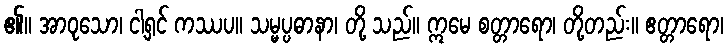
၏။ အာဝုသော၊ ငါ့ရှင် ကဿပ။ သမ္မပ္ပဓာနာ၊ တို့ သည်။ ဣမေ စတ္တာရော၊ တို့တည်း။ ဧတ္တာရော၊